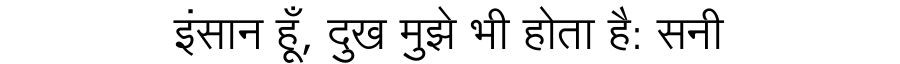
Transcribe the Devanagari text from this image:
इंसान हूँ, दुख मुझे भी होता है: सनी